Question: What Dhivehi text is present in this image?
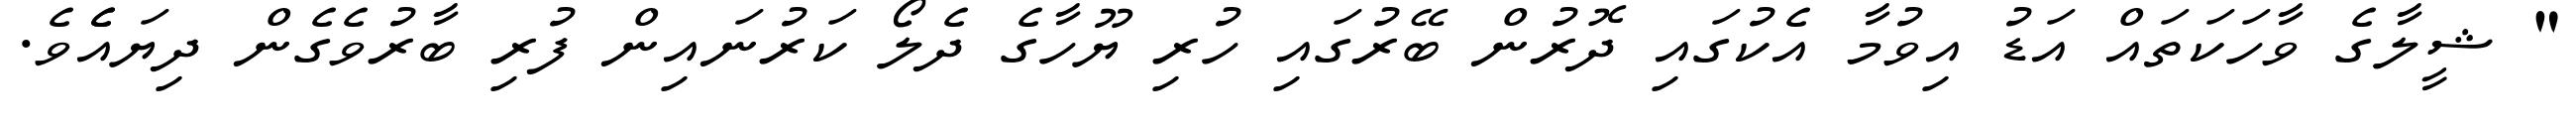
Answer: " ޝީލާގެ ވާހަކަތައް އަޑު އިވުމާ އެކުގައި ދޮރުން ބޭރުގައި ހުރި ޔޫހާގެ ދެލޯ ކަރުނައިން ފުރި ބާރުވެގެން ދިޔައެެވެ.